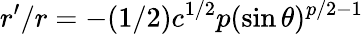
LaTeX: r^{\prime}/r=-(1/2)c^{1/2}p(\sin\theta)^{p/2-1}